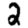
Digit: 2